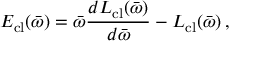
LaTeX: E _ { \mathrm { c l } } ( \bar { \omega } ) = \bar { \omega } \frac { d L _ { \mathrm { c l } } ( \bar { \omega } ) } { d \bar { \omega } } - L _ { \mathrm { c l } } ( \bar { \omega } ) \, ,